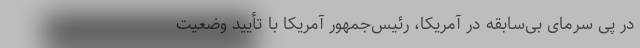
در پی سرمای بی‌سابقه در آمریکا، رئیس‌جمهور آمریکا با تأیید وضعیت